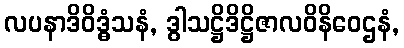
လပနာဒိဝိဒ္ဓံသနံ, ဒွါသဋ္ဌိဒိဋ္ဌိဇာလဝိနိဝေဌနံ,